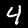
Label: 4